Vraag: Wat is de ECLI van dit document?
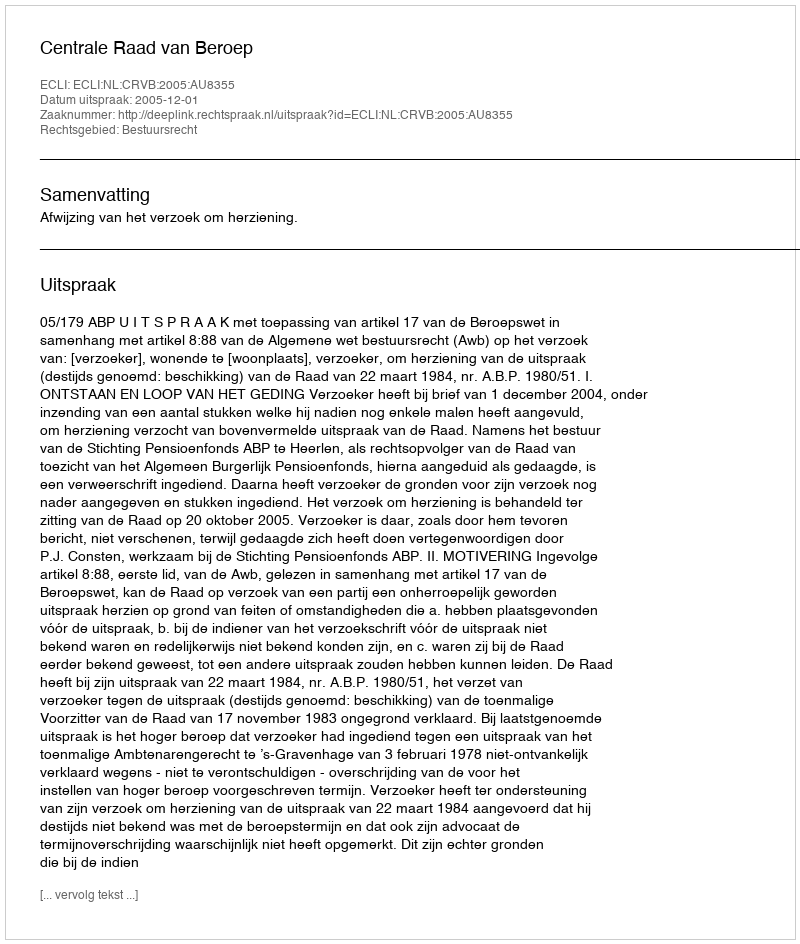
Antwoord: ECLI:NL:CRVB:2005:AU8355